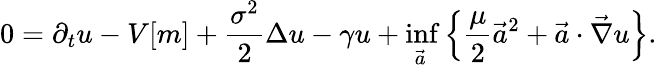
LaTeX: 0=\partial_{t}u-V[m]+\frac{\sigma^{2}}{2}\Delta{u}-\gamma u+\operatorname*{inf}_{\vec{a}}\left\{ \frac{\mu}{2}\vec{a}^{2}+\vec{a}\cdot\vec{\nabla}{u}\right\} .